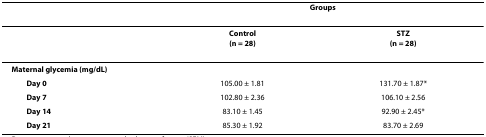
|  | <COLSPAN=2> Groups |
 | --- | --- | --- |
 |  | Control(n = 28) | STZ(n = 28) |
 | Maternal glycemia (mg/dL) |  |  |
 | Day 0 | 105.00 ± 1.81 | 131.70 ± 1.87* |
 | Day 7 | 102.80 ± 2.36 | 106.10 ± 2.56 |
 | Day 14 | 83.10 ± 1.45 | 92.90 ± 2.45* |
 | Day 21 | 85.30 ± 1.92 | 83.70 ± 2.69 |